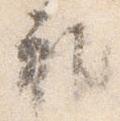
れ